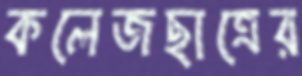
কলেজছাত্রের